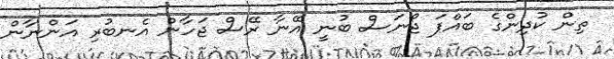
ތިން ކުދިންގެ ބައްޕަ ޖޯނަސް ބުނީ އޭނާ ރޭސް ޖަހާން އެނބުރި އަންނާން